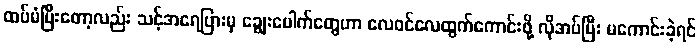
ထပ်မံပြီးတော့လည်း သင့်အရေပြားမှ ချွေးပေါက်တွေဟာ လေဝင်လေထွက်ကောင်းဖို့ လိုအပ်ပြီး မကောင်းခဲ့ရင်